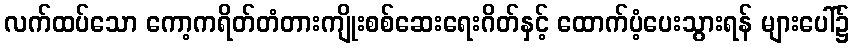
လက်ထပ်သော ကော့ကရိတ်တံတားကျိုးစစ်ဆေးရေးဂိတ်နှင့် ထောက်ပံ့ပေးသွားရန် များပေါ်၌